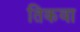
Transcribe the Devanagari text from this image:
तिकवा